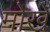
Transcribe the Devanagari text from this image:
मोखे